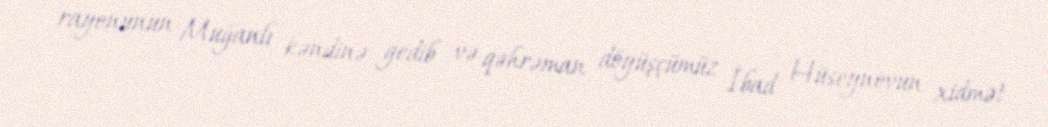
rayonunun Muğanlı kəndinə gedib və qəhrəman döyüşçümüz İbad Hüseynovun xidmət